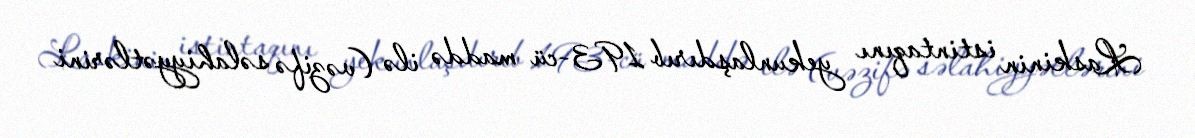
Laskinin istintaqını yekunlaşdırıb 193-cü maddə ilə (vəzifə səlahiyyətlərini